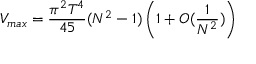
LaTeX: V _ { m a x } = { \frac { \pi ^ { 2 } T ^ { 4 } } { 4 5 } } ( N ^ { 2 } - 1 ) \left( 1 + O ( { \frac { 1 } { N ^ { 2 } } } ) \right)